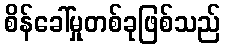
စိန်ခေါ်မှုတစ်ခုဖြစ်သည်